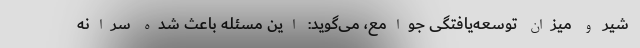
شیر و میزان توسعه‌یافتگی جوامع، می‌گوید: این مسئله باعث شده سرانه